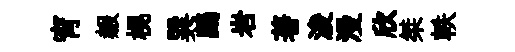
宵赧榥巽鷓岩著浚漫欣桀軼